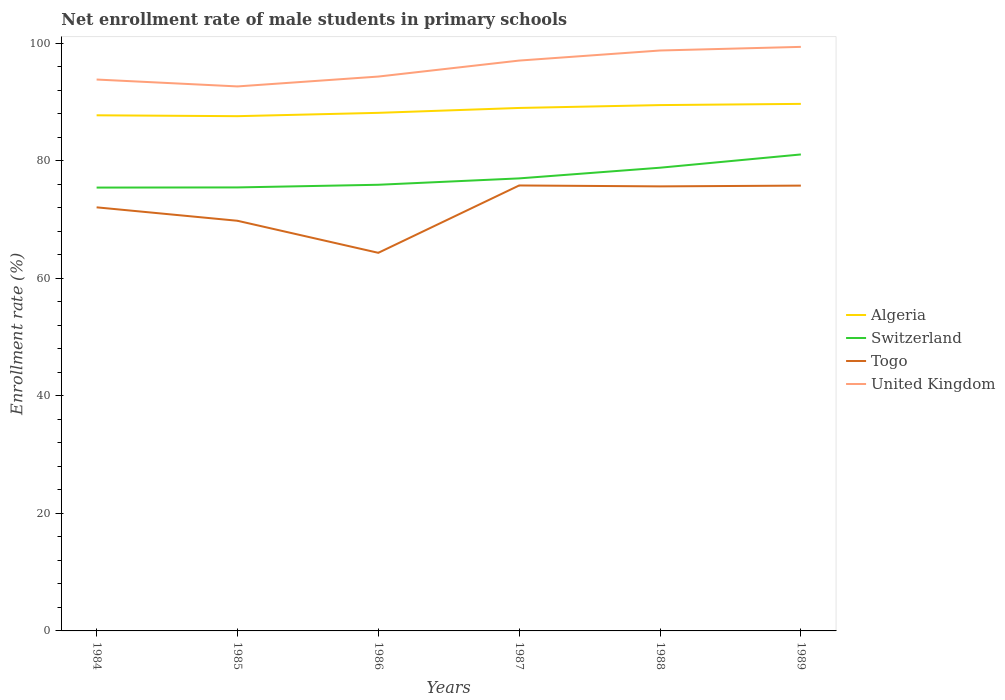
| Years | Algeria | Switzerland | Togo | United Kingdom |
 | --- | --- | --- | --- | --- |
 | 1984 | 87.8 | 75.5 | 72.1 | 93.8 |
 | 1985 | 87.6 | 75.5 | 69.8 | 92.7 |
 | 1986 | 88.2 | 75.9 | 64.4 | 94.3 |
 | 1987 | 89 | 77 | 75.8 | 97.1 |
 | 1988 | 89.5 | 78.8 | 75.7 | 98.8 |
 | 1989 | 89.7 | 81.1 | 75.8 | 99.4 |